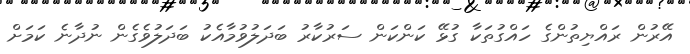
އޭރުން ރައްޔިތުންގެ ހައްގުތަކާ ގުޅޭ ކަންކަން ސަރުކާރު ބަދަލުވުމާއެކު ބަދަލުވެގެން ނުދާނެ ކަމަށް